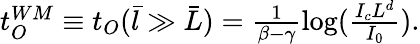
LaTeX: \begin{array}{r}{t_{O}^{WM}\equiv t_{O}(\bar{l}\gg\bar{L})=\frac{1}{\beta-\gamma}\log(\frac{I_{c}L^{d}}{I_{0}}).}\end{array}